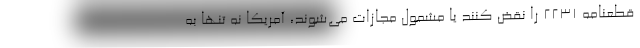
قطعنامه ۲۲۳۱ را نقض کنند یا مشمول مجازات می‌شوند، آمریکا نه تنها به